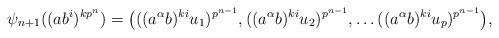
LaTeX: \begin{align*}\psi_{n+1}((ab^i)^{kp^n})= \big( ((a^{\alpha}b)^{ki}u_1)^{p^{n-1}}, ((a^{\alpha}b)^{ki}u_2)^{p^{n-1}}, \dots ((a^{\alpha}b)^{ki}u_p)^{p^{n-1}} \big),\end{align*}